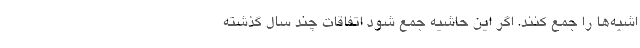
اشیه‌ها را جمع کنند. اگر این حاشیه جمع شود اتفاقات چند سال گذشته